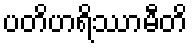
ပတိဟရိဿာမီတိ